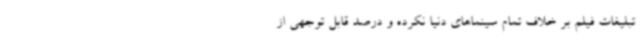
تبلیغات فیلم بر خلاف تمام سینماهای دنیا نکرده و درصد قابل توجهی از